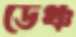
ডেঞ্চ